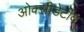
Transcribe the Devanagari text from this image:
ओक्सीडेटीव